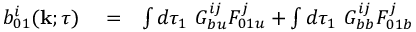
\begin{array} { r l r } { b _ { 0 1 } ^ { i } ( { \bf { k } } ; \tau ) } & { { } = } & { \int d \tau _ { 1 } \ G _ { b u } ^ { i j } F _ { 0 1 u } ^ { j } + \int d \tau _ { 1 } \ G _ { b b } ^ { i j } F _ { 0 1 b } ^ { j } } \end{array}